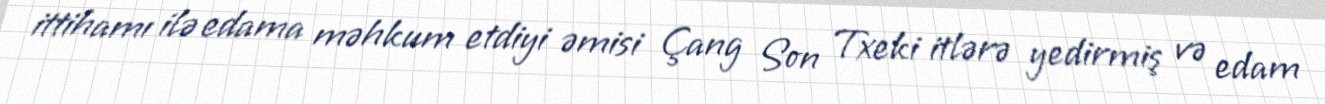
ittihamı ilə edama məhkum etdiyi əmisi Çang Son Txeki itlərə yedirmiş və edam